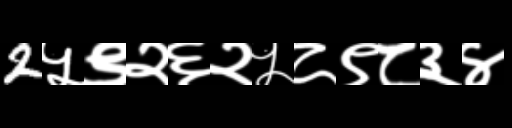
Text: 2५९२६२५८९८३४